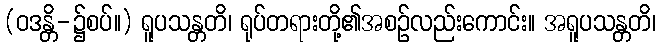
(ဝဒန္တိ-၌စပ်။) ရူပသန္တတိ၊ ရုပ်တရားတို့၏အစဉ်လည်းကောင်း။ အရူပသန္တတိ၊